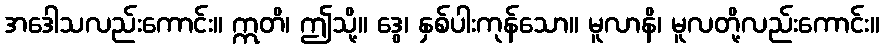
အဒေါသလည်းကောင်း။ ဣတိ၊ ဤသို့။ ဒွေ၊ နှစ်ပါးကုန်သော။ မူလာနိ၊ မူလတို့လည်းကောင်း။